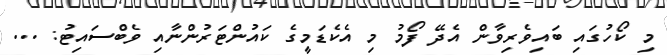
މި ކޯހުގައި ބައިވެރިވާން އެދޭ ފޯމު މި އެކެޑަމީގެ ކައުންޓަރުންނާއި ވެބްސައިޓު: ...